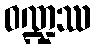
ဝဏ္ဍဿ